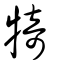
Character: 犄